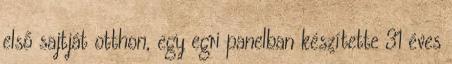
első sajtját otthon, egy egri panelban készítette 31 éves